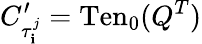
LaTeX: C_{\tau_{\mathbf{i}}^{j}}^{\prime}=\mathrm{{Ten}}_{0}(Q^{T})